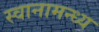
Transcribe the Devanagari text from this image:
स्वानामन्ध्य